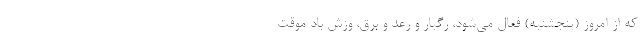
که از امروز (پنجشنبه) فعال می‌شود، رگبار و رعد و برق، وزش باد موقت